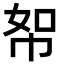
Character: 帤